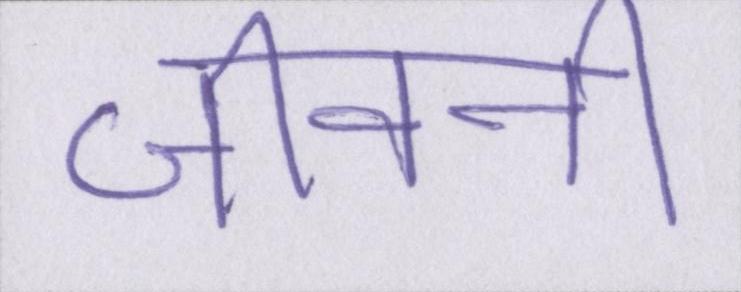
जीवनी